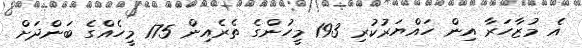
އެ މުޒާހަރާ އިން ހައްޔަރުކުރި 193 މީހުންގެ ތެރެއިން 175 މީހެއްގެ ބަންދަށް